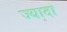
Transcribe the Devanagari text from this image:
ज्या़दा